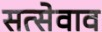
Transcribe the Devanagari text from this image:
सत्सेवाव